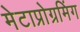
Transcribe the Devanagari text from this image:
मेटाप्रोग्रमिंग